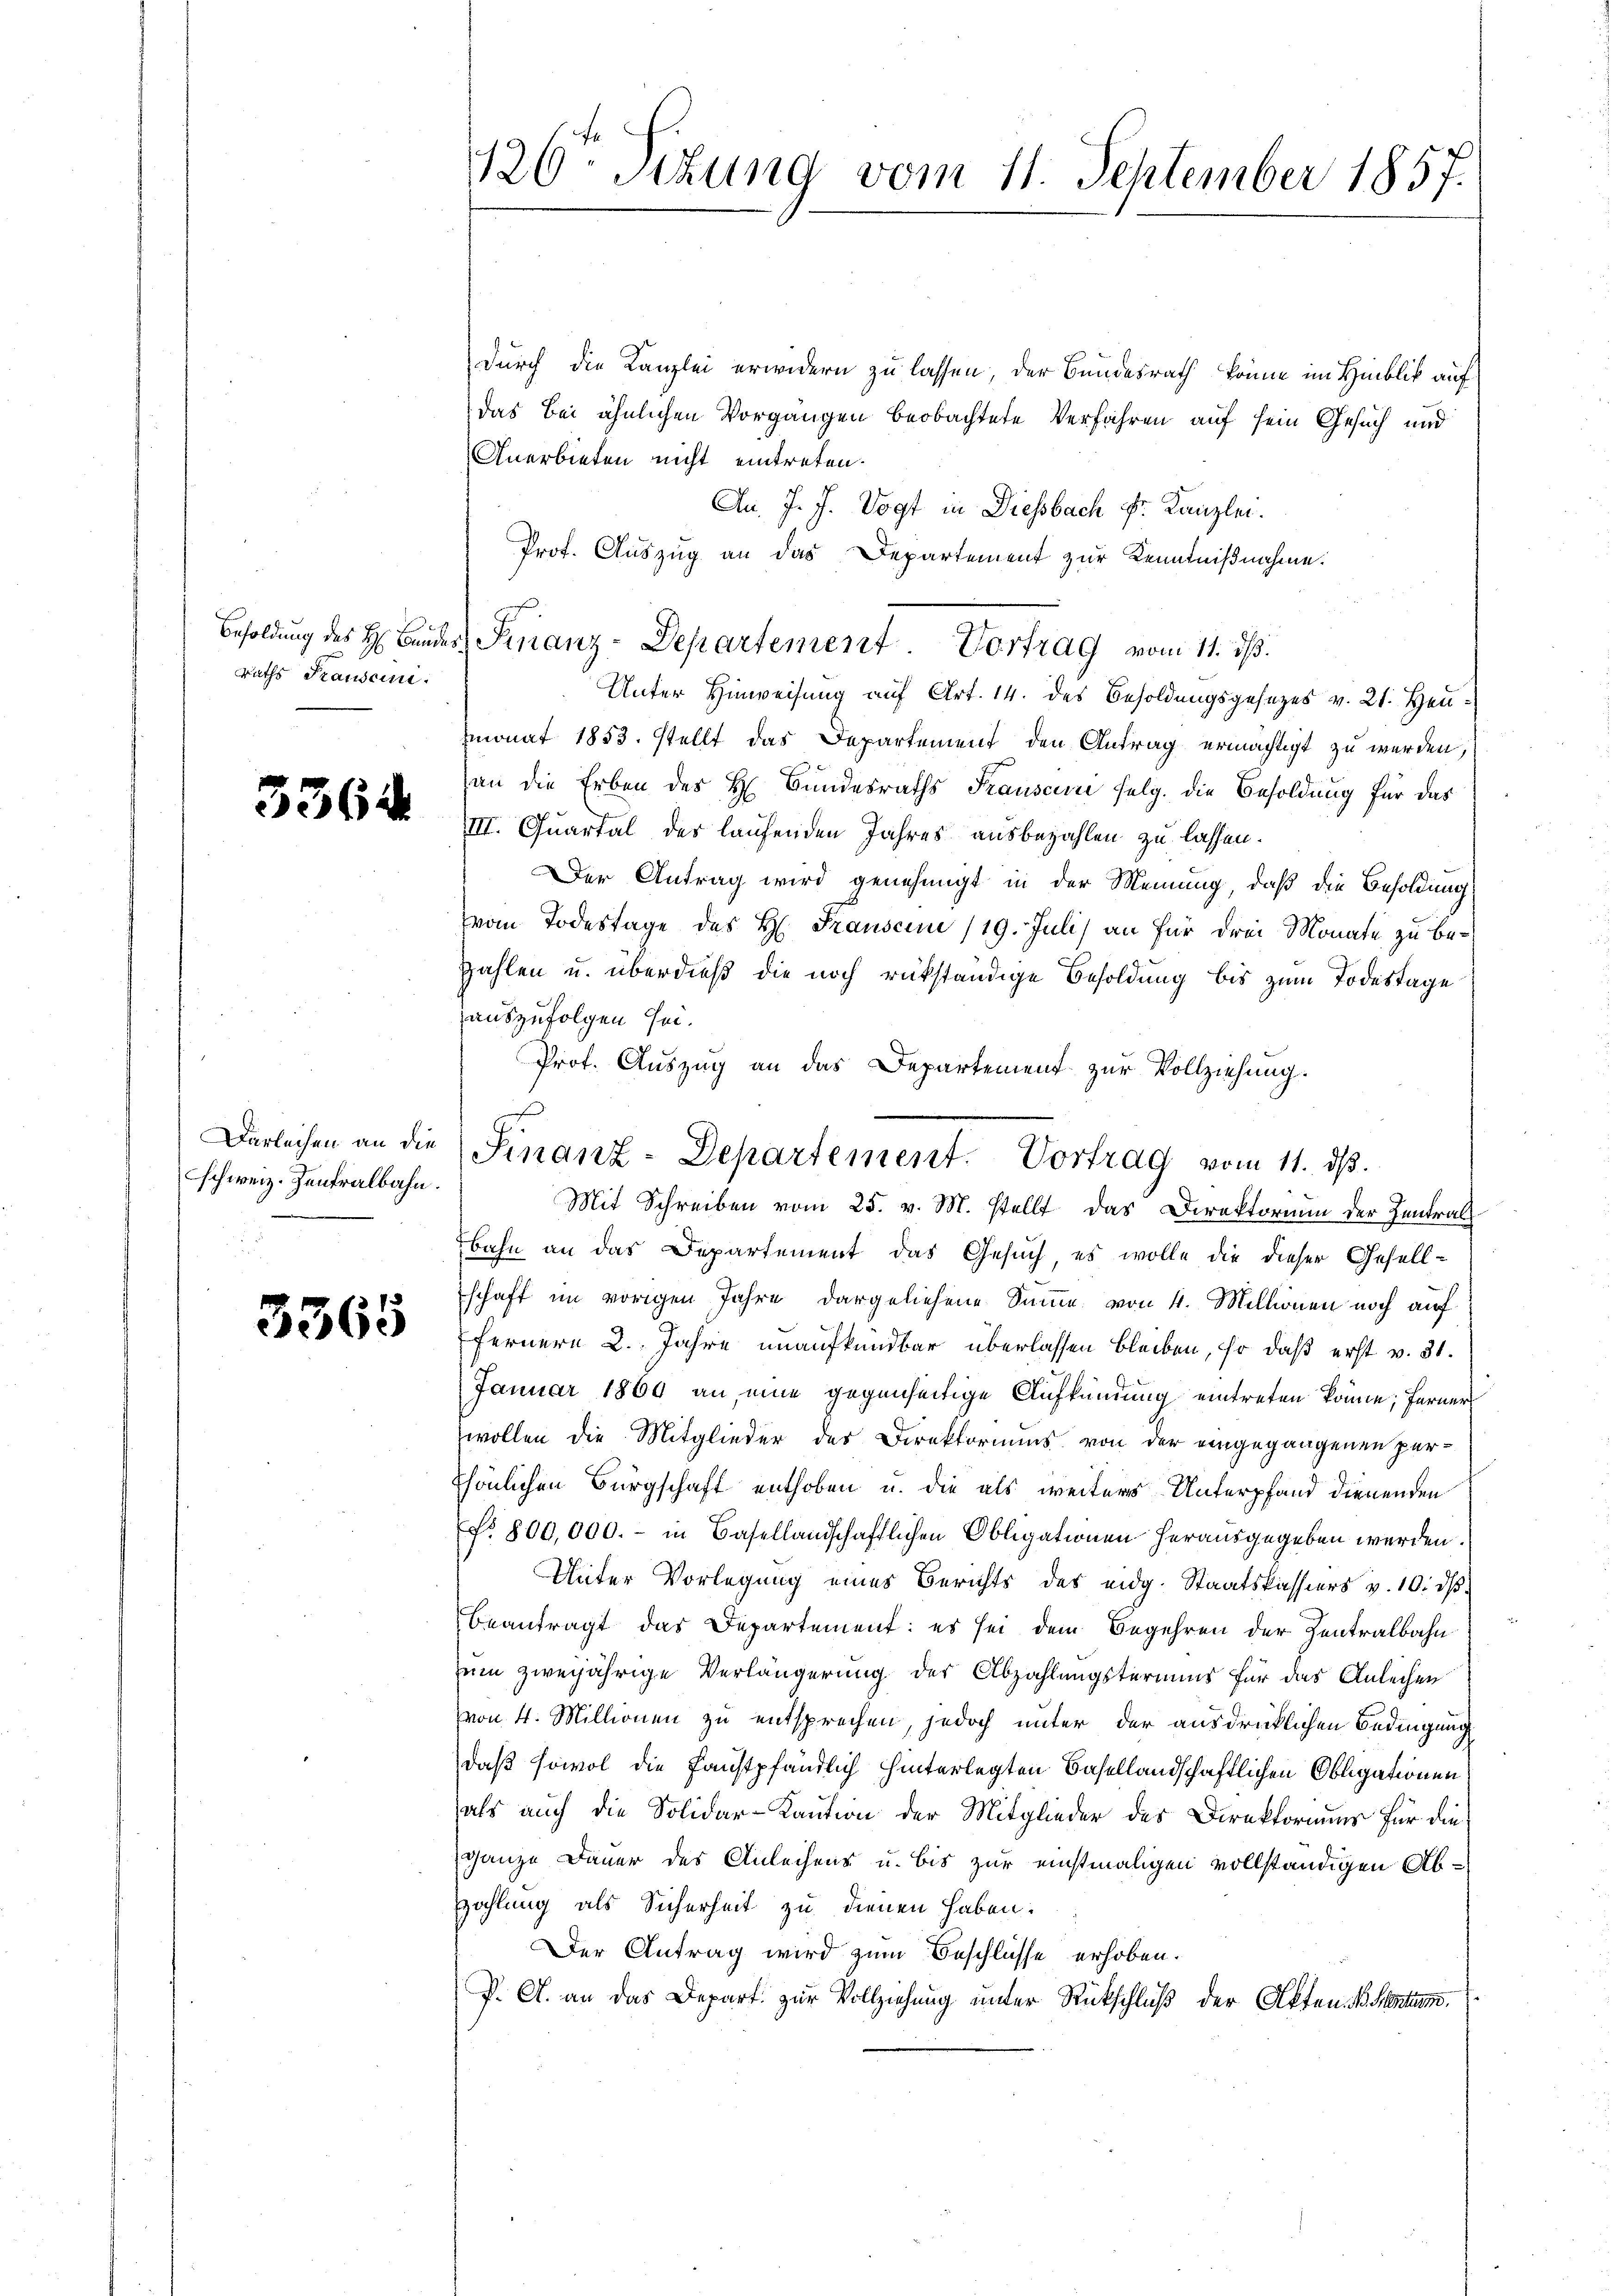
raths Pauseini

3364

Darleihen an die
schweiz. Zentralbahn

3365

120. Sitzung vom 11. September 1857.

durch die Kanzlei erwidern zu lassen, der Bundesrath könne im Hinblick auf
das bei ähnlichen Vorgangen beobachtete Verfahren auf sein Gesuch und
Anerbieten nicht eintreten.
An. J. J. Vogt in Diessbach Fr. Kanzlei.
Prof. Auszug an das Departement zur Kenntnißnahme.
Unter Hinweisung auf Art. 14. des Besoldungsgesezes v. 21. Heumonat 1853. stellt das Departement den Antrag ermächtigt zu werden,
an die Erben des H. Bundesraths Trauscun selg. die Besoldung für das
III. Quartal des laufenden Jahres ausbezahlen zu lassen.
Der Antrag wird genehmigt in der Meinung, daß die Besoldung
(vom Todestage des H. Frausein /19. Juli) an für drei Monate zu bezahlen u. überdieß die noch rükständige Besoldung bis zum Todestage
auszufolgen sei.
Prof. Auszug an das Departement zur Vollziehung.
Mit Schreiben vom 25. v. M. stellt das Direktorium der Zentralbahn an das Departement das Gesuch, es wolle die dieser Gesell-
schaft im vorigen Jahre dargeliehene Summe von 4. Millionen noch auf
fernere 2. Jahre unaufkündbar überlassen bleiben, so daß erst v. 31.
Januar 1869 an eine gegenseitige Aufkündung eintreten könne; ferner
wollen die Mitglieder der Direktoriums von der eingegangenen per¬
Esönlichen Bürgschaft enthoben u. die als weiteres Unterpfand dienenden
f 800,000.- in Basellandschaftlichen Obligationen herausgegeben werden.
Unter Vorlegung eines Berichts des eidg. Staatskassiers v. 10. dß
beantragt das Departement: es sei dem Begehren der Zentralbahn
zum zweijährige Verlängerung der Abzahlungstermins für das Anleihen
von 4. Millionen zu entsprechen, jedoch unter der ausdrücklichen Bedingung
daß sowol die Faustpfändlich hinterlegten Basellandschaftlichen Obligationen
als auch die Solidar-Kaution der Mitglieder des Direktoriums für die
ganze Dauer des Anleihens u. bis zur einstmaligen vollständigen Abzahlung als Sicherheit zu dienen haben.
Der Antrag wird zum Beschlüsse erhoben.
P. A. an das Depart zur Vollziehung unter Rückschluß der Akten. Der Statum

Besoldung des H. Bandes Finanz-Departement. Vortrag vom 11. ds.

s
Finanz-Departement. Vortrag vom 11. ds.